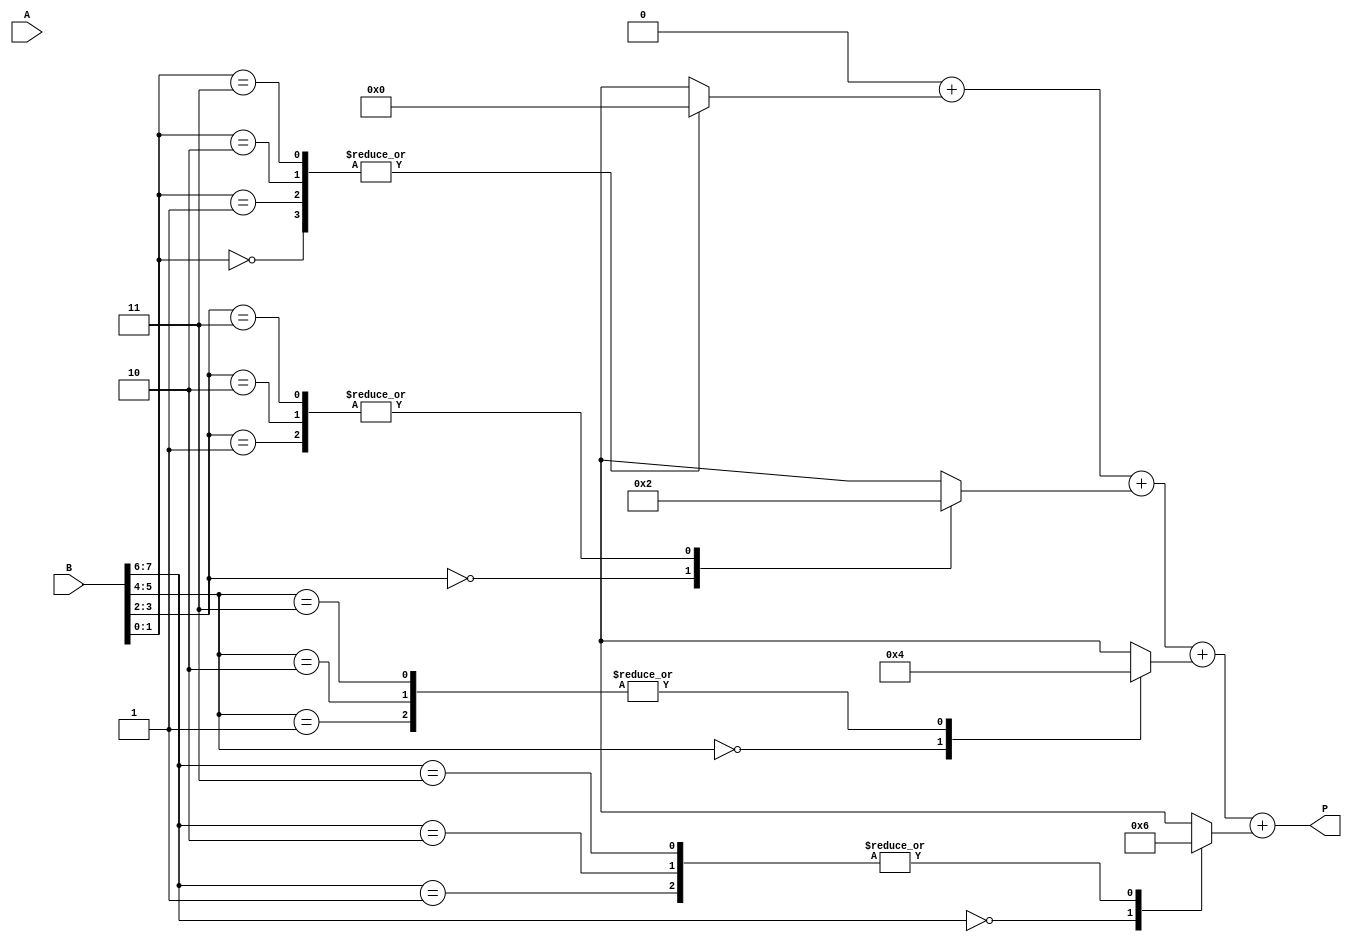
module radix4_multiplier #(parameter N = 8) (
    input signed [N-1:0] A,      // Multiplicand
    input signed [N-1:0] B,      // Multiplier
    output reg signed [2*N-1:0] P // Product
);

    reg [N-1:0] A_ext;            // Extended A for negative multiplication
    reg [N:0] B_ext;              // Extended B for handling sign
    reg [2*N-1:0] partial_products [0:N/2-1]; // Array to hold partial products
    integer i;

    // Sign extension of A
    always @(*) begin
        A_ext = A;
        if (A[N-1] == 1) begin
            A_ext[N-1:0] = {N{1'b1}}; // Extend sign if A is negative
        end
    end

    // Sign extension of B
    always @(*) begin
        B_ext = {B[N-1], B}; // Extend B for Booth's algorithm
    end

    // Generate partial products based on Booth encoding
    always @(*) begin
        for (i = 0; i < N/2; i = i + 1) begin
            case (B_ext[2*i+1:2*i])
                2'b00: partial_products[i] = 0;                // 00: No product
                2'b01: partial_products[i] = {A_ext, 2*i};     // 01: A
                2'b10: partial_products[i] = {-A_ext, 2*i};    // 10: -A
                2'b11: partial_products[i] = {A_ext << 1, 2*i}; // 11: 2A
                default: partial_products[i] = 0;
            endcase
        end
    end

    // Sum the partial products
    always @(*) begin
        P = 0; // Initialize product
        for (i = 0; i < N/2; i = i + 1) begin
            P = P + partial_products[i]; // Accumulate partial products
        end
    end

endmodule